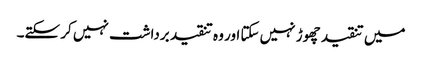
میں تنقید چھوڑ نہیں سکتا اور وہ تنقید برداشت نہیں کر سکتے۔